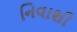
નિવાશી